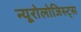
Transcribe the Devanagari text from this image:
न्यूरोलोजिस्ट्स